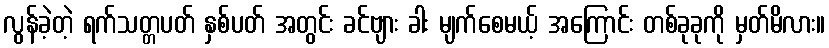
လွန်ခဲ့တဲ့ ရက်သတ္တပတ် နှစ်ပတ် အတွင်း ခင်ဗျား ခါး မျက်စေမယ့် အကြောင်း တစ်ခုခုကို မှတ်မိလား။